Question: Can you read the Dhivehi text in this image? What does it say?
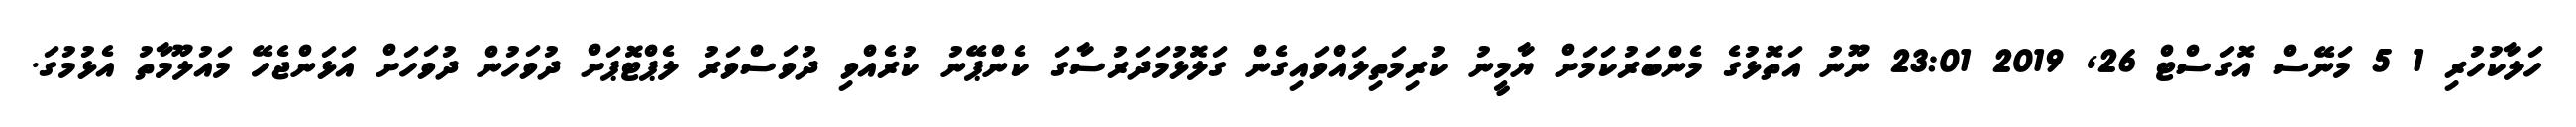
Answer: ހަލާކުހުރި 1 5 މަނޭސް އޮގަސްޓް 26, 2019 23:01 ނޫނު އަތޮޅުގެ މެންބަރުކަމަށް ޔާމީނު ކުރިމަތިލައްވައިގެން ގަލޮޅުމަދަރުސާގަ ކެންޕޭނު ކުރެއްވި ދުވަސްވަރު ލެޕްޓޮޕަށް ދުވަހުން ދުވަހަށް އަޅަންޖެހޭ މައުލޫމާތު އެޅުމުގަ.